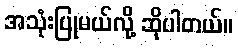
အသုံးပြုမယ်လို့ ဆိုပါတယ်။